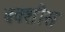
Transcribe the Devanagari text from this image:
बक्शीस